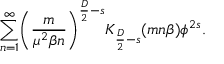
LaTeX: \sum _ { n = 1 } ^ { \infty } \biggl ( \frac { m } { \mu ^ { 2 } \beta n } \biggr ) ^ { \frac { D } { 2 } - s } K _ { \frac { D } { 2 } - s } ( m n \beta ) \phi ^ { 2 s } .